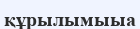
құрылымыыа